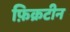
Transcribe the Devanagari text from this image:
फ़िक्रटीन